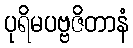
ပုရိမပဗ္ဗဇိတာနံ